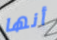
أنها